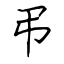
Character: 弔